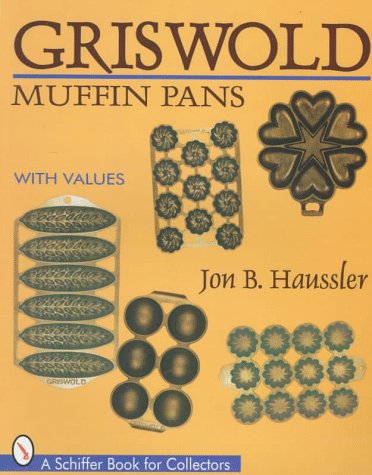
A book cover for Griswold Muffin Pans (A Schiffer Book for Collectors); Jon B. Haussler; Crafts, Hobbies & Home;